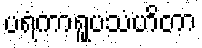
ပရံကာရူပသံဟိတာ